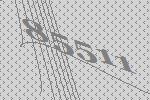
85511